Vaccination in the Punjab 1919-1929 - 1919-1929
Year: 1919
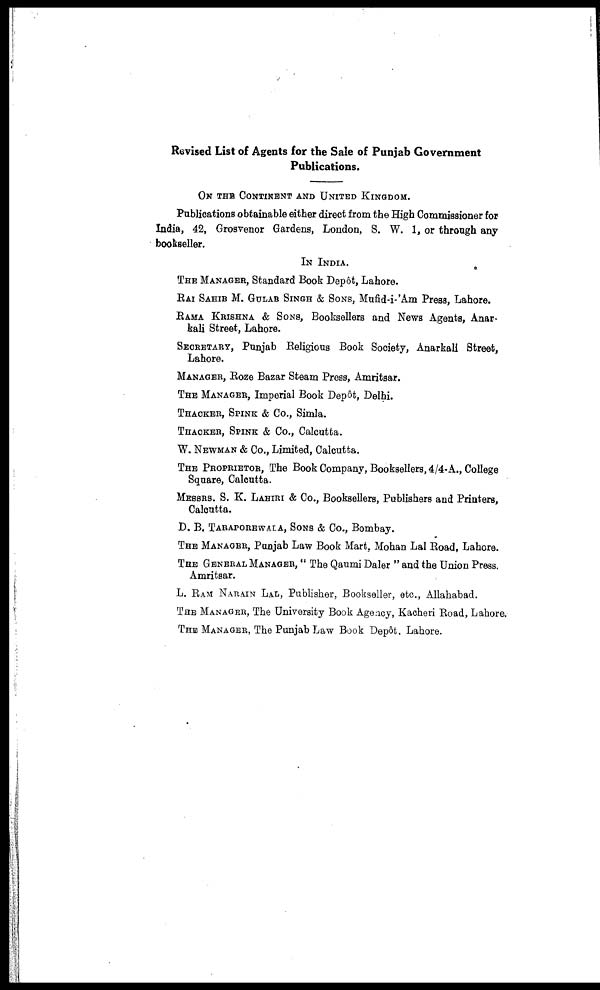
Revised List of Agents for the Sale of Punjab Government
Publications.
ON THE CONTINENT AND UNITED KINGDOM.
Publications obtainable either direct from the High Commissioner for
India, 42, Grosvenor Gardens, London, S. W. 1, or through any
bookseller.
IN INDIA.
THE MANAGER, Standard Book Depôt, Lahore.
RAI SAHIB M. GULAB SINGH & SONS, Mufid-i-'Am Press, Lahore.
RAMA KRISHNA & SONS, Booksellers and News Agents, Anar-
kali Street, Lahore.
SECRETARY, Punjab Religious Book Society, Anarkali Street,
Lahore.
MANAGER, Roze Bazar Steam Press, Amritsar.
THE MANAGER, Imperial Book Depôt, Delhi.
THACKER, SPINK & Co., Simla.
THACKER, SPINK & Co., Calcutta.
W. NEWMAN & Co., Limited, Calcutta.
THE PROPRIETOR, The Book Company, Booksellers, 4/4-A., College
Square, Calcutta.
MESSRS. S. K. LAHIRI & Co., Booksellers, Publishers and Printers,
Calcutta.
D. B. TARAPOREWALA, SONS & Co., Bombay.
THE MANAGER, Punjab Law Book Mart, Mohan Lal Road, Lahore.
THE GENERAL MANAGER, " The Qaumi Daler " and the Union Press.
Amritsar.
L. RAM NARAIN LAL, Publisher, Bookseller, etc., Allahabad.
THE MANAGER, The University Book Agency, Kacheri Road, Lahore.
THE MANAGER, The Punjab Law Book Depôt, Lahore.